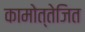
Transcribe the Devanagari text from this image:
कामोत्तेजित